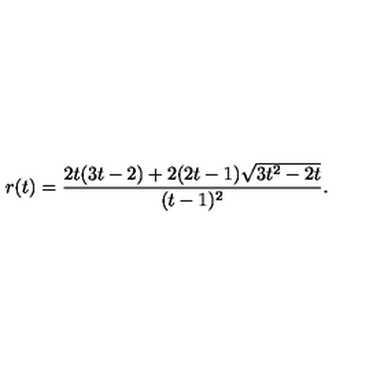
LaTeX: r ( t ) = \frac { 2 t ( 3 t - 2 ) + 2 ( 2 t - 1 ) \sqrt { 3 t ^ { 2 } - 2 t } } { ( t - 1 ) ^ { 2 } } .